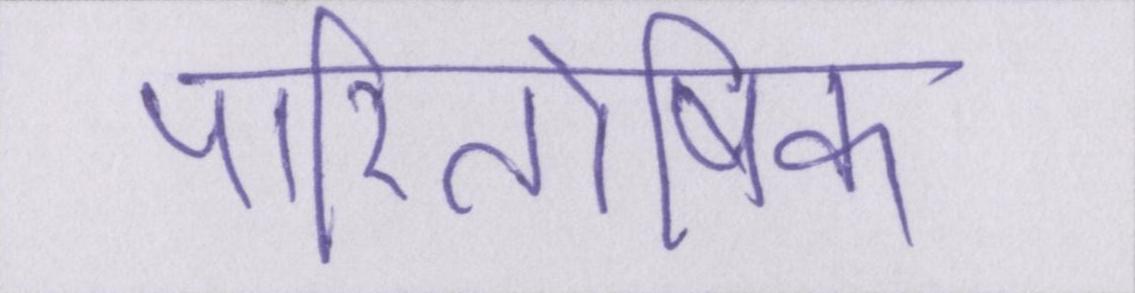
पारितोषिक